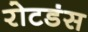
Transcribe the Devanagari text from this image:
रोटडंस